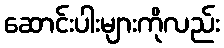
ဆောင်းပါးများကိုလည်း